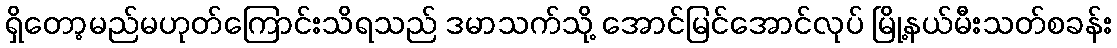
ရှိတော့မည်မဟုတ်ကြောင်းသိရသည် ဒမာသက်သို့ အောင်မြင်အောင်လုပ် မြို့နယ်မီးသတ်စခန်း